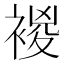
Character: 𧛝